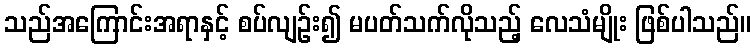
သည်အကြောင်းအရာနှင့် စပ်လျဉ်း၍ မပတ်သက်လိုသည့် လေသံမျိုး ဖြစ်ပါသည်။